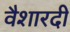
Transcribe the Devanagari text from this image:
वैशारदी